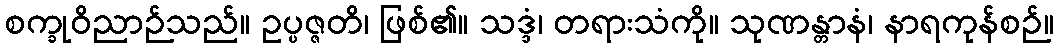
စက္ခုဝိညာဉ်သည်။ ဥပ္ပဇ္ဇတိ၊ ဖြစ်၏။ သဒ္ဒံ၊ တရားသံကို။ သုဏန္တာနံ၊ နာရကုန်စဉ်။